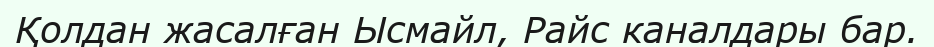
Қолдан жасалған Ысмайл, Райс каналдары бар.